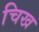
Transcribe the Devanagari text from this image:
चिख